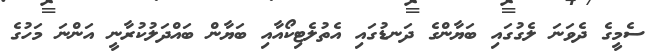
ސެމީގެ ދެވަނަ ލެގުގައި ބަޔާންގެ ދަނޑުގައި އެތުލެޓިކޯއާއި ބަޔާން ބައްދަލުކުރާނީ އަންނަ މަހުގެ